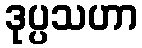
ဒုပ္ပသဟာ